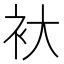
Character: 𮕨